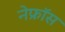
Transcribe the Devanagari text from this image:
नेफ्रॉस